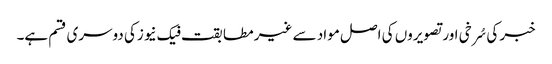
خبر کی سُرخی اور تصویروں کی اصل مواد سے غیر مطابقت فیک نیوزکی دوسری قسم ہے۔